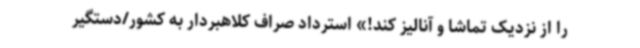
را از نزدیک تماشا و آنالیز کند!» استرداد صراف کلاهبردار به کشور/دستگیر